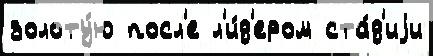
золоту́ю посл'е л'и́д'ером ста́д'иjи